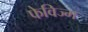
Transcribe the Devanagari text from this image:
फेविज्म